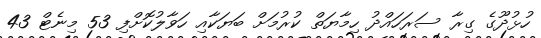
ހުޅުދޫގެ ގިރާ ސަރަހައްދު ހިމާޔަތް ކުރުމަށް ބަޔަކާއި ހަވާލުކޮށްފި 53 މިނެޓް 43